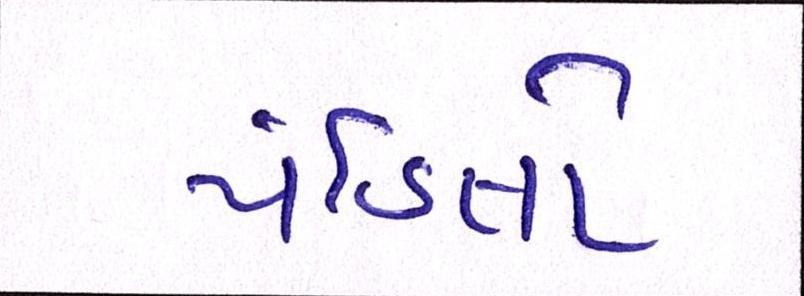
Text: પંડિતો